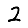
Digit: 2